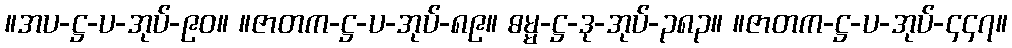
။အပ-ဋ္ဌ-ပ-အုပ်-၉၀။ ။ဇာတက-ဋ္ဌ-ပ-အုပ်-၈၉။ ဓမ္မ-ဋ္ဌ-ဒု-အုပ်-၃၈၃။ ။ဇာတက-ဋ္ဌ-ပ-အုပ်-၄၄၇။